Problem: 5 + 10 = ?
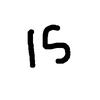
Handwritten answer: 15